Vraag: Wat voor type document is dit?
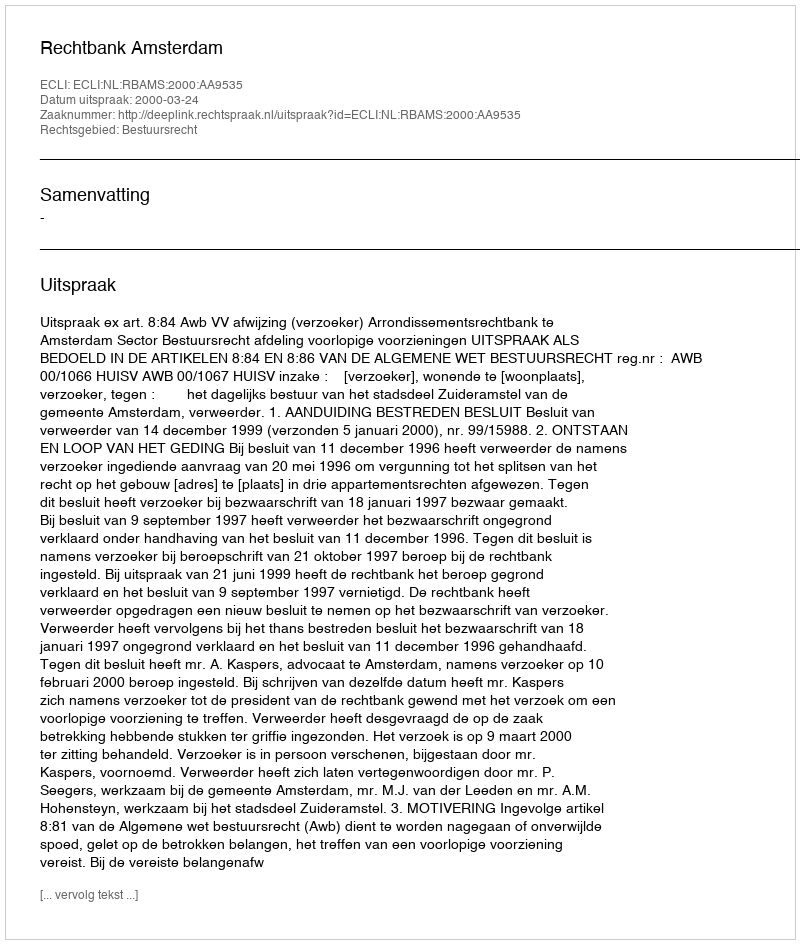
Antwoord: Uitspraak